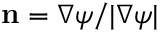
\mathbf { n } = \nabla \psi / | \nabla \psi |